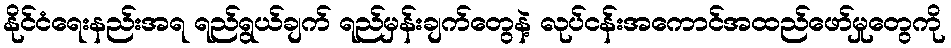
နိုင်ငံရေးနည်းအရ ရည်ရွယ်ချက် ရည်မှန်းချက်တွေနဲ့ လုပ်ငန်းအကောင်အထည်ဖော်မှုတွေကို